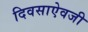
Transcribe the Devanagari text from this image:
दिवसाऐवजी